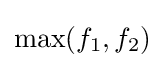
\max(f_{1},f_{2})